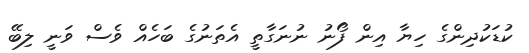
ކުޑަކުދިންގެ ހިޔާ އިން ފޯނު ނުނަގާތީ އެތަނުގެ ބަހެއް ވެސް ވަނީ ލިބޭ